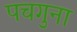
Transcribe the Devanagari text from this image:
पचगुना